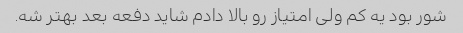
شور بود یه کم ولی امتیاز رو بالا دادم شاید دفعه بعد بهتر شه.